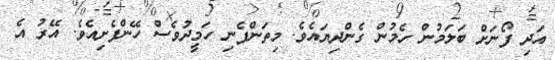
އަދި ފޯނަށް ބަލަމުން ހެމުން ގެންދިޔައެވެ. މިތަންފެނި ހަމީދުވެސް ހޭންފެށިއެވެ. އޭރު އެ